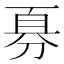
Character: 𪟊